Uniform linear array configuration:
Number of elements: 16
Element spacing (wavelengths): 0.25
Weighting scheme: hamming
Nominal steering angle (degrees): -60
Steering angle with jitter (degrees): -61.397
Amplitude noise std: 0.05
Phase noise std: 0.05

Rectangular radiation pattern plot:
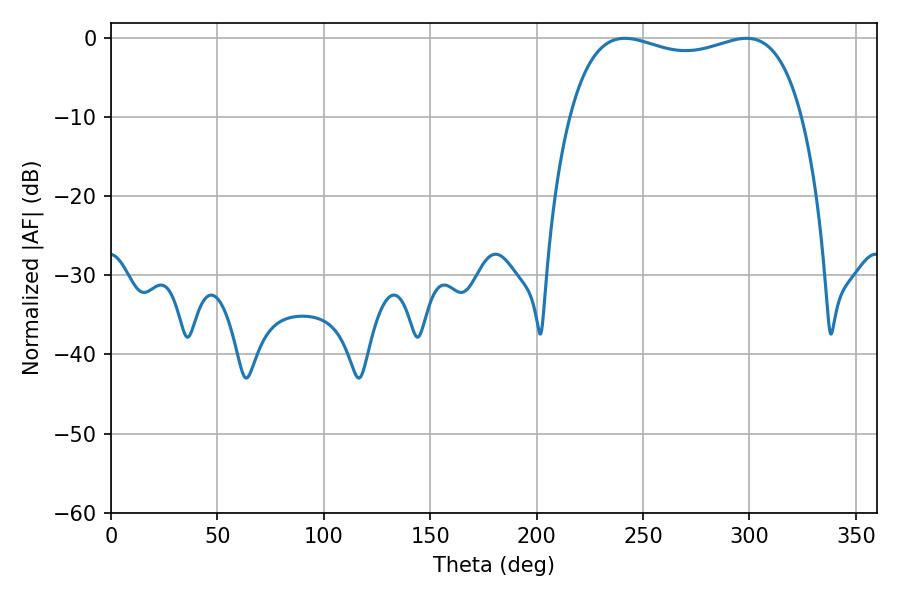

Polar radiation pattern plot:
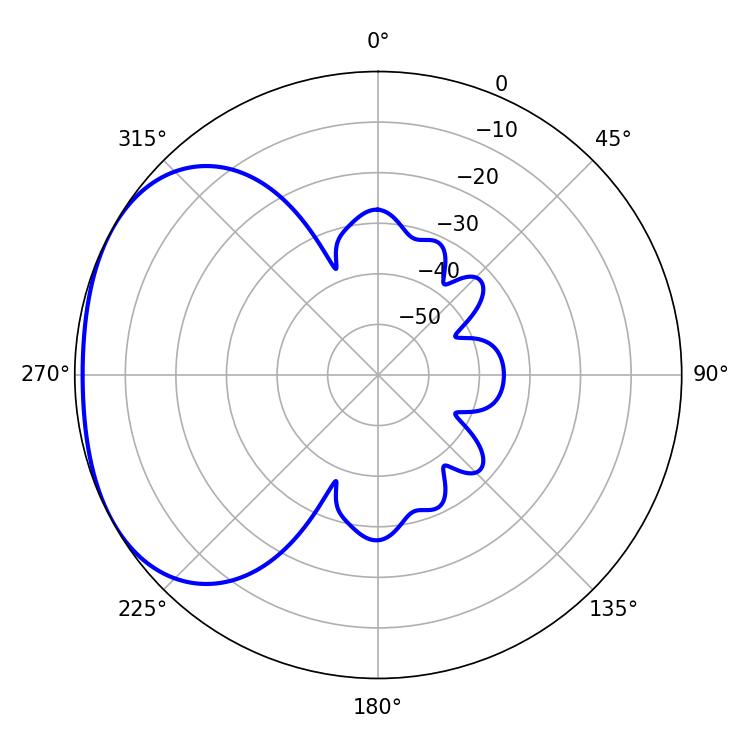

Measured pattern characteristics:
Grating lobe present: FALSE
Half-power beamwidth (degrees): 89.28
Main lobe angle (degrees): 241.38